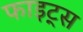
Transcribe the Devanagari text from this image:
फाइट्स